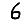
Digit: 6